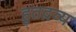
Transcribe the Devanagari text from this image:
हुतद्रव्य